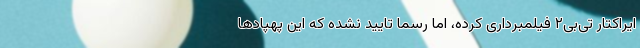
ایراکتار تی‌بی‌۲ فیلمبرداری کرده، اما رسما تایید نشده که این پهپادها